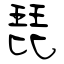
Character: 琵